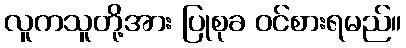
လူကသူတို့အား ပြုစုခ ဝင်စားရမည်။